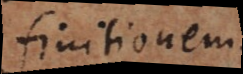
nitionem.